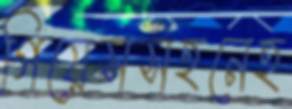
গিয়েসসহনেহ